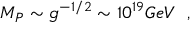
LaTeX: M _ { P } \sim g ^ { - 1 / 2 } \sim 1 0 ^ { 1 9 } G e V ~ ~ ,